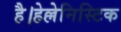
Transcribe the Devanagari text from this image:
है।हेल्लेनिस्टिक